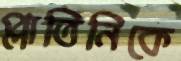
প্লাতিনিকে